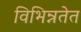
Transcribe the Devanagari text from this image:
विभिन्नतेत